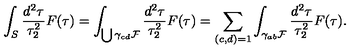
\int _ { S } \frac { d ^ { 2 } \tau } { \tau _ { 2 } ^ { 2 } } F ( \tau ) = \int _ { \bigcup \gamma _ { c d } { \cal F } } \frac { d ^ { 2 } \tau } { \tau _ { 2 } ^ { 2 } } F ( \tau ) = \sum _ { ( c , d ) = 1 } \int _ { \gamma _ { a b } { \cal F } } \frac { d ^ { 2 } \tau } { \tau _ { 2 } ^ { 2 } } F ( \tau ) .